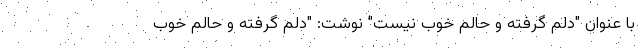
با عنوان "دلم گرفته و حالم خوب نیست" نوشت: "دلم گرفته و حالم خوب